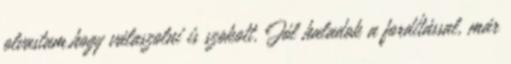
olvastam,hogy válaszolni is szokott. Jól haladok a fordítással, már